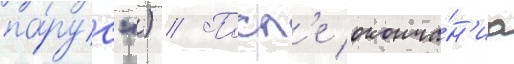
па́рус") // Посл'е оконча́н'иа